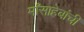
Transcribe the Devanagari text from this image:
माँसाहेबांची